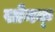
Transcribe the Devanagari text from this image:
सोनक्